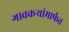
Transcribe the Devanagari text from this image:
गावकऱ्यांमार्फत